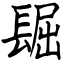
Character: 镼